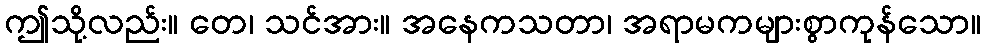
ဤသို့လည်း။ တေ၊ သင်အား။ အနေကသတာ၊ အရာမကများစွာကုန်သော။